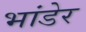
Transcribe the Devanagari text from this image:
भांडेर